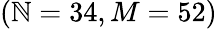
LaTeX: (\mathbb{N}=34,M=52)